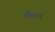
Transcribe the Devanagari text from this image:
मार्केटरों